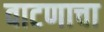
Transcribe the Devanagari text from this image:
वाटणाचा